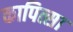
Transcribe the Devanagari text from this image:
कापित्सा